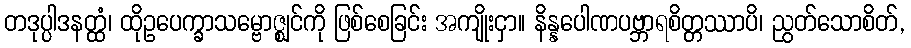
တဒုပ္ပါဒနတ္ထံ၊ ထိုဥပေက္ခာသမ္ဗောဇ္ဈင်ကို ဖြစ်စေခြင်း အကျိုးငှာ။ နိန္နပေါဏပဗ္ဘာရစိတ္တဿာပိ၊ ညွတ်သောစိတ်,